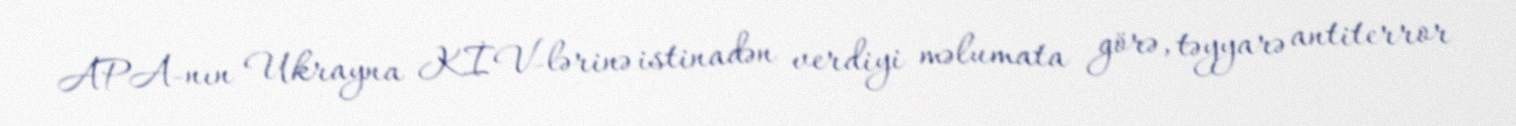
APA-nın Ukrayna KİV-lərinə istinadən verdiyi məlumata görə, təyyarə antiterror